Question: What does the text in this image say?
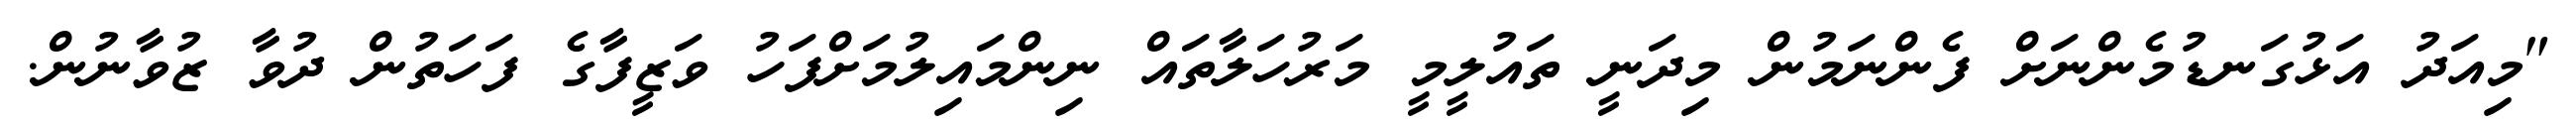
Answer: "މިއަދު އަޅުގަނޑުމެންނަށް ފެންނަމުން މިދަނީ ތައުލީމީ މަރުހަލާތައް ނިންމައިލުމަށްފަހު ވަޒީފާގެ ފަހަތުން ދުވާ ޒުވާނުން.